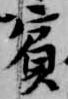
賓